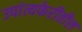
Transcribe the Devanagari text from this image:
उपांत्यफेरीतील